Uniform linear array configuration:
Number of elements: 48
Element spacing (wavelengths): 0.75
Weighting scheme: hann
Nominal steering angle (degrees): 0
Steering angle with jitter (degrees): -1.989
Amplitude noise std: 0.05
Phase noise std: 0.05

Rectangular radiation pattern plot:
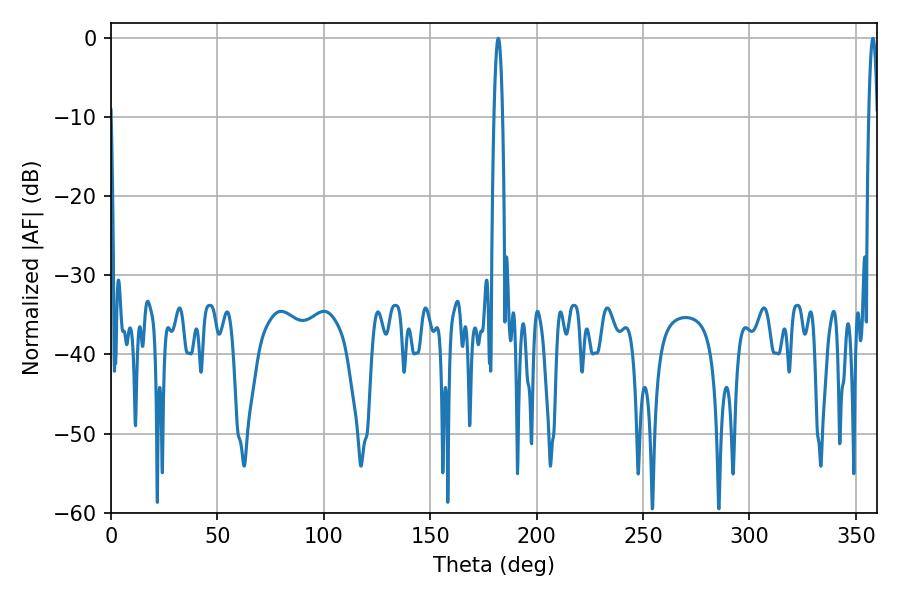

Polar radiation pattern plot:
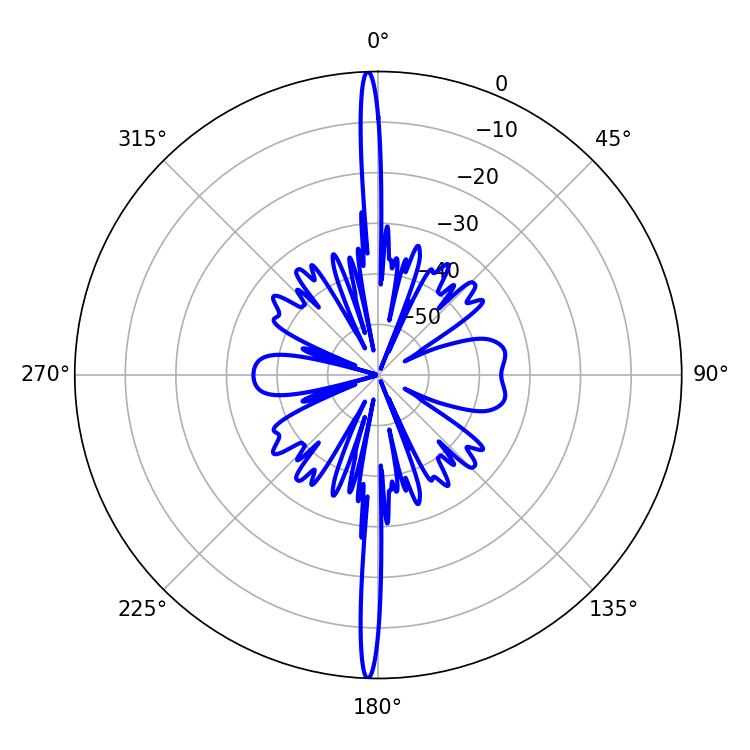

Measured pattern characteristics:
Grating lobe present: TRUE
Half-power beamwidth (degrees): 2.16
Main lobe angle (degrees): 181.98